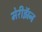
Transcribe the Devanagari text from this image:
मेरीझॅन